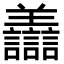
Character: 𧮟